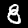
Label: 8